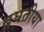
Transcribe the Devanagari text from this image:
बघतीया